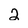
Character: 2